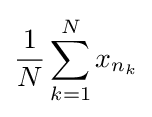
{\frac {1}{N}}\sum _{k=1}^{N}x_{n_{k}}